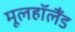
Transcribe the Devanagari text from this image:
मूलहॉलैंड